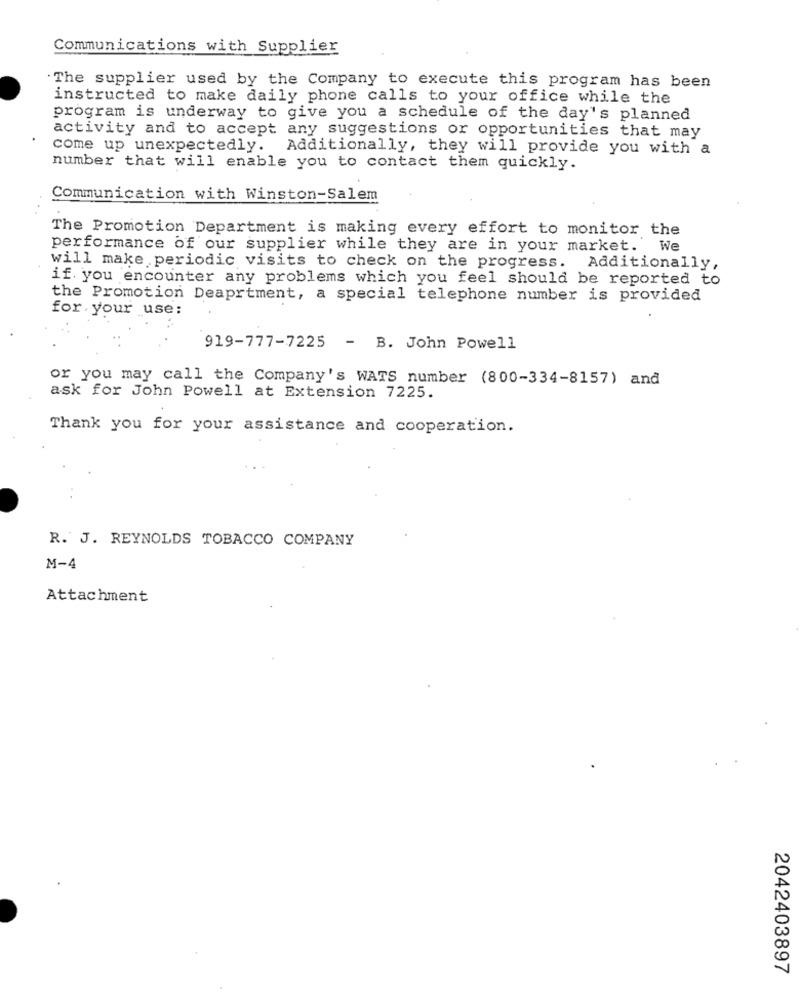
Communications with Supplier
The supplier used by the Company to execute this program has been
instructed to make daily phone calls to your office while the
program is underway to give you a schedule of the day's planned
activity and to accept any suggestions or opportunities that may
come up unexpectedly. Additionally, they will provide you with a
number that will enable you to contact them quickly.
Communication with Winston-Salem
The Promotion Department is making every effort to monitor the
performance of our supplier while they are in your market. We
will make periodic visits to check on the progress. Additionally,
if you encounter any problems which you feel should be reported to
the Promotion Deaprtment, a special telephone number is provided
for your use:
919-777-7225 - B. John Powell
or you may call the Company's WATS number (800-334-8157) and
ask for John Powell at Extension 7225.
Thank you for your assistance and cooperation.
R. J. REYNOLDS TOBACCO COMPANY
M-4
Attachment
2042403897